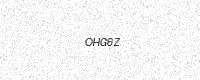
Text: OHG6Z